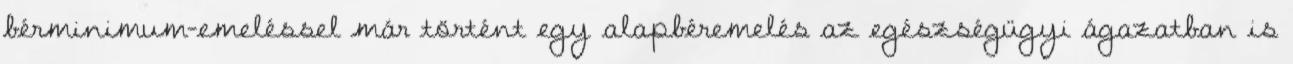
bérminimum-emeléssel már történt egy alapbéremelés az egészségügyi ágazatban is